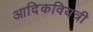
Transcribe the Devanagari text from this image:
आदिकवियत्री